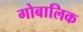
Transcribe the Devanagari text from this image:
गोबालिक